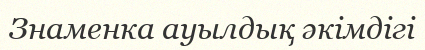
Знаменка ауылдық әкімдігі